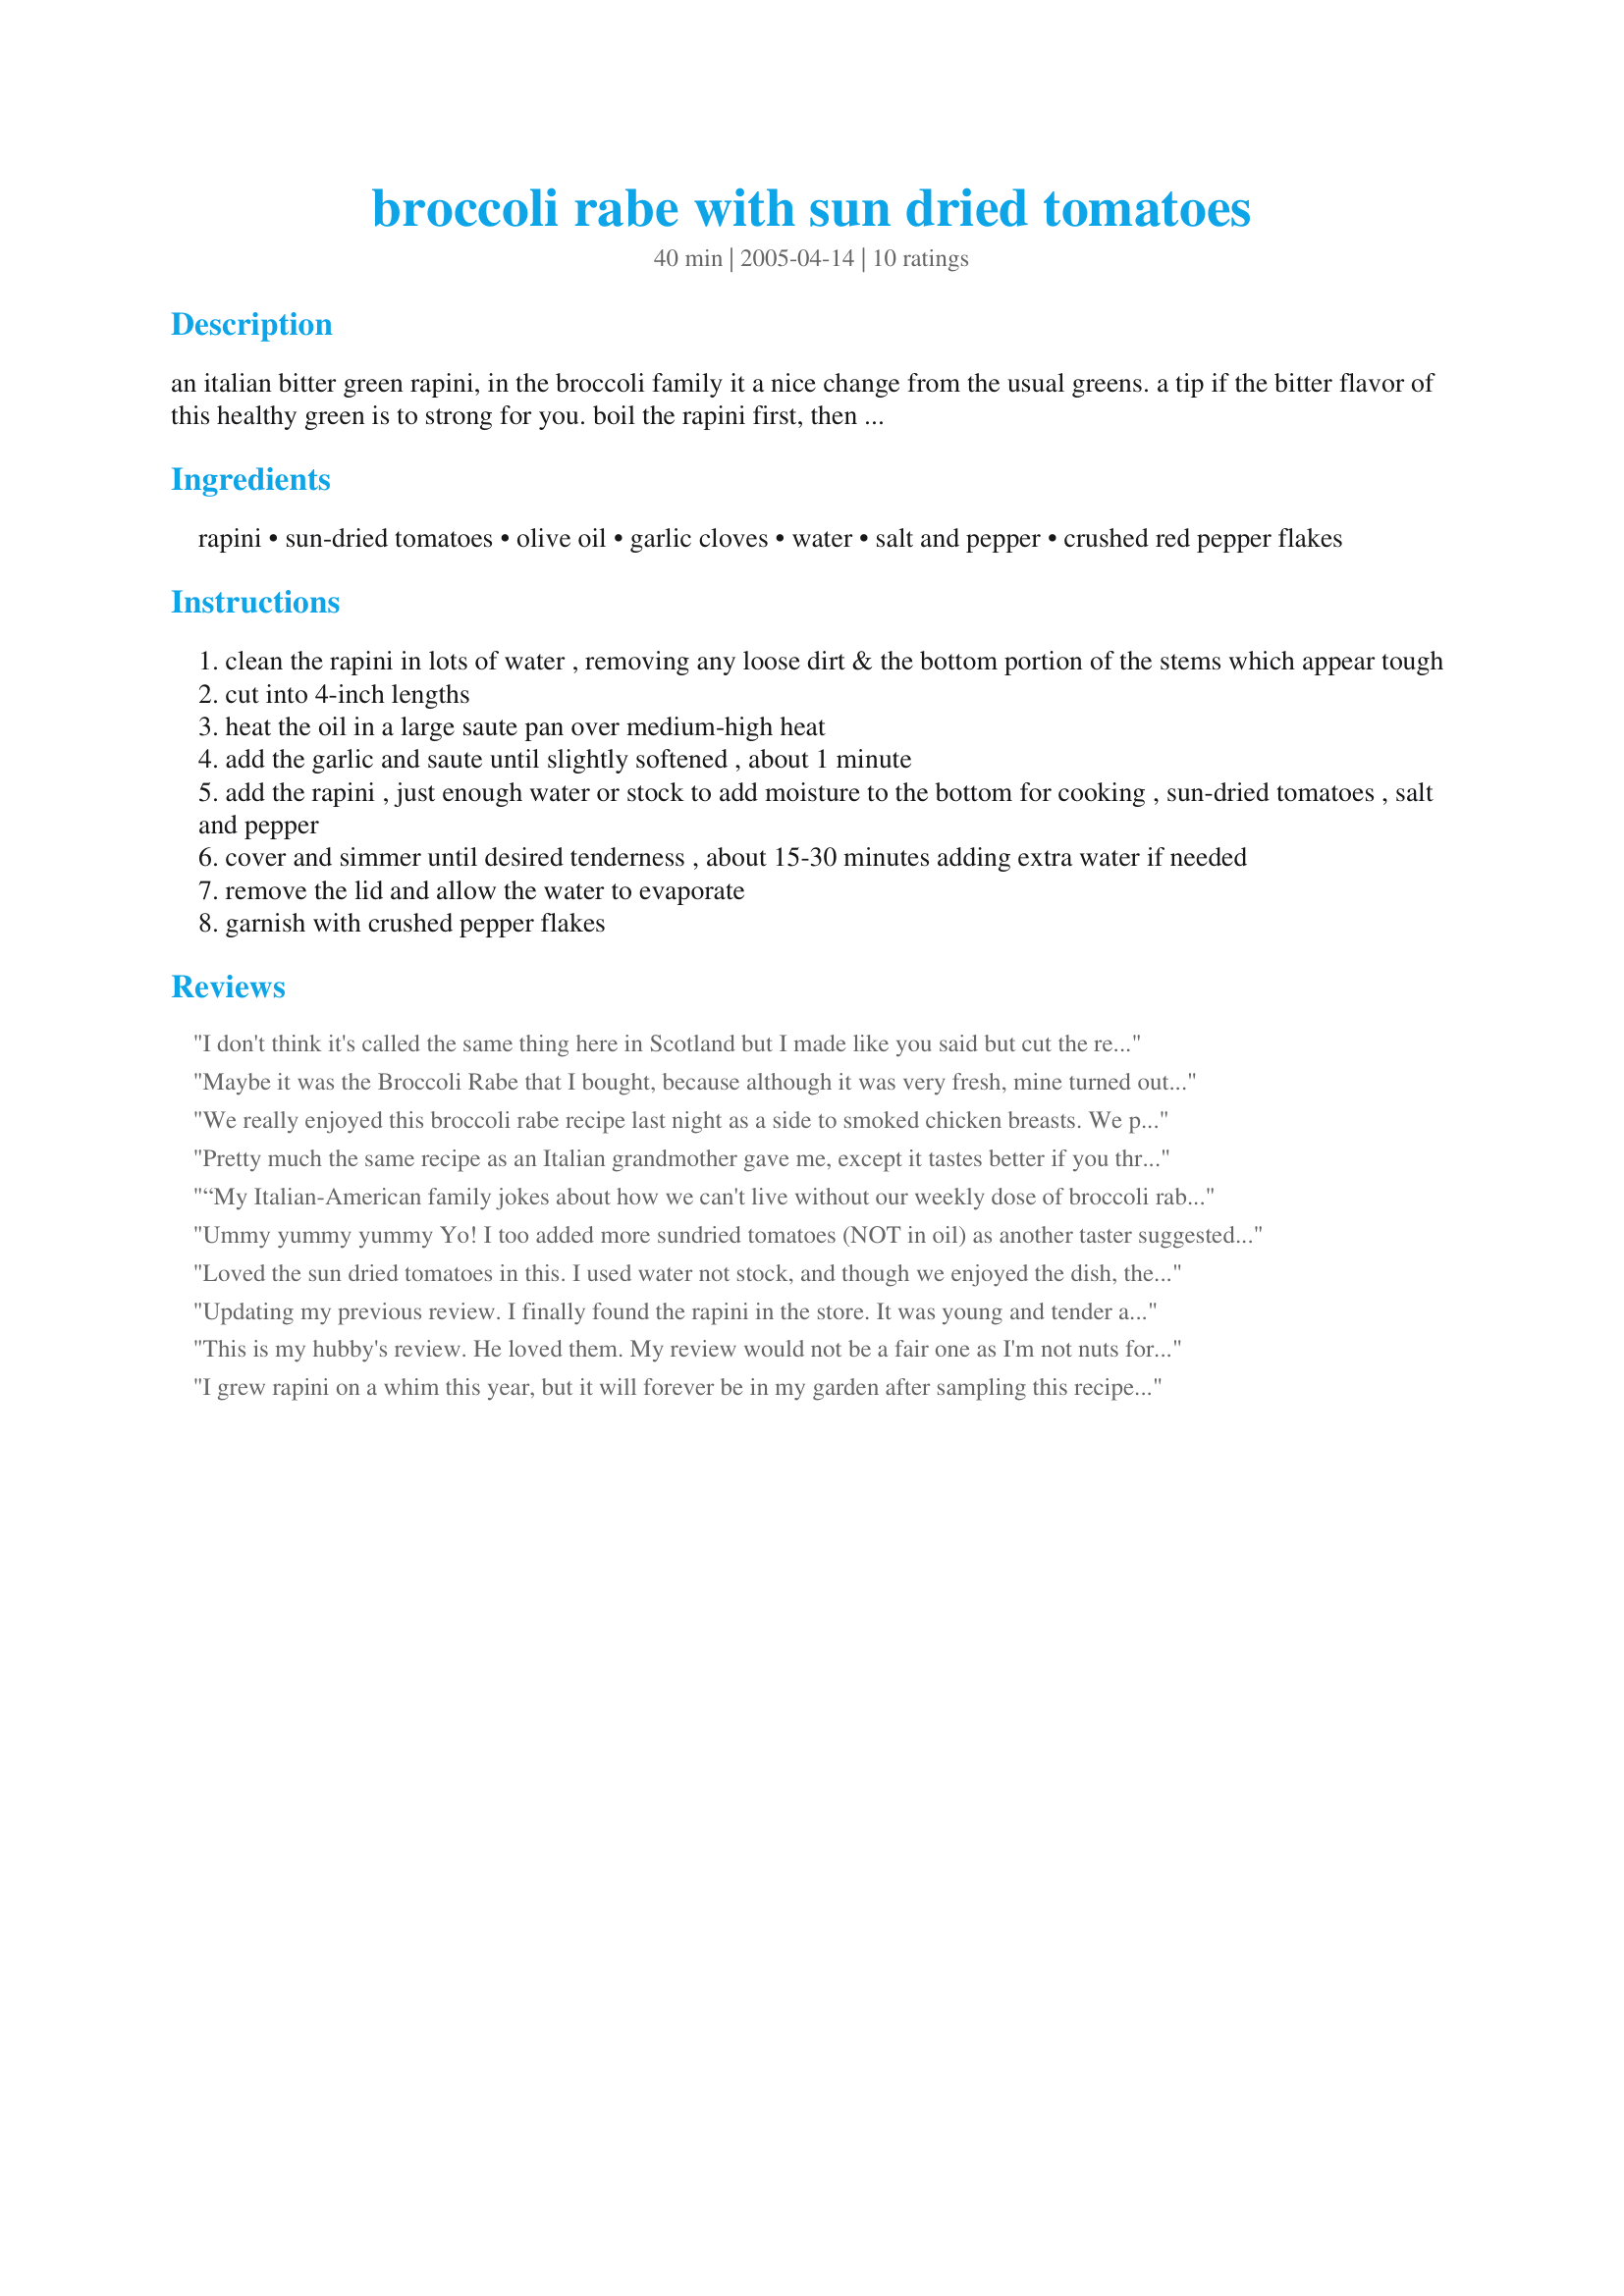
broccoli rabe with sun dried tomatoes
Preparation time: 40 minutes

an italian bitter green rapini, in the broccoli family it a nice change from the usual greens.
a tip
if the bitter flavor of this healthy green is to strong for you. boil the rapini first, then drain and saute it. also, make sure to remove tough ends and peel the tough lower stalks so the cooked vegetable is tender.

Ingredients:
rapini, sun-dried tomatoes, olive oil, garlic cloves, water, salt and pepper, crushed red pepper flakes

Steps:
clean the rapini in lots of water , removing any loose dirt & the bottom portion of the stems which appear tough
cut into 4-inch lengths
heat the oil in a large saute pan over medium-high heat
add the garlic and saute until slightly softened , about 1 minute
add the rapini , just enough water or stock to add moisture to the bottom for cooking , sun-dried tomatoes , salt and pepper
cover and simmer until desired tenderness , about 15-30 minutes adding extra water if needed
remove the lid and allow the water to evaporate
garnish with crushed pepper flakes

Reviews:
I don't think it's called the same thing here in Scotland but I made like you said but cut the recipe quantities a bit. It was lovely, I served it with shepherds pie. I would cook it like this again a bit more flavour than just plain. Thank you for posting Made for Honor thy mother the diabetic forum May 2011.
Maybe it was the Broccoli Rabe that I bought, because although it was very fresh, mine turned out very bitter. Perhaps I should have par-boiled it first like I usually do.
We really enjoyed this broccoli rabe recipe last night as a side to smoked chicken breasts. We parboiled the rabe first, then drained and sauteed it (so we did not add extra water/stock to the pan in Step 2). I would definitely make this again. Thanks, Rita!
Pretty much the same recipe as an Italian grandmother gave me, except it tastes better if you throw the crushed red pepper in with the garlic.
“My Italian-American family jokes about how we can't live without our weekly dose of broccoli rabe! This recipe is wonderful...I couldn't resist adding fresh lemon juice because that's how we always eat ours. Thanks for an excellent recipe!”
Ummy yummy yummy Yo! I too added more sundried tomatoes (NOT in oil) as another taster suggested. This is just fabulous! I'm doubling the recipe next time (maybe tomorrow?) because we just couldn't get enough of this :0) Thank you Rita!
Loved the sun dried tomatoes in this. I used water not stock, and though we enjoyed the dish, the rabe turned out a tad bitter as well.
Updating my previous review. I finally found the rapini in the store. It was young and tender and cooked in 10 to 15 minutes. Followed the recipe except for reducing the cooking time and I had a shallot that was calling out to be used. The rapini cooks up to a dark green color.
This is my hubby's review. He loved them. My review would not be a fair one as I'm not nuts for any cooked green, I prefer raw. I did eat my portion, however, and did enjoy the sundried tomatoes in them. Next time may wait to add them until further along in the cooking process to maximize their flavor.
I grew rapini on a whim this year, but it will forever be in my garden after sampling this recipe. In fact, it is on the menu again tonight with a pan of cornbread on the side. For those used to collard greens, you'll find a similar taste in this dish. I found that a quick blanch in boiling water right before the cooking process removed bitterness. Thank you for posting this recipe, Rita L.
